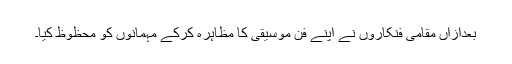
بعدازاں مقامی فنکاروں نے اپنے فن موسیقی کا مظاہرہ کرکے مہمانوں کو محظوظ کیا۔